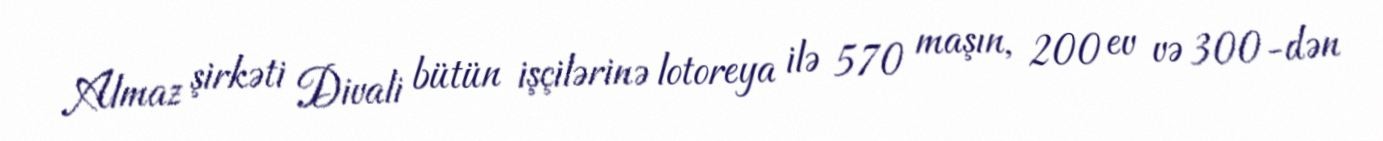
Almaz şirkəti Divali bütün işçilərinə lotoreya ilə 570 maşın, 200 ev və 300-dən